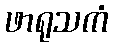
ဖာရုသကံ